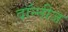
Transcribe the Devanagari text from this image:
दॉन्नीज